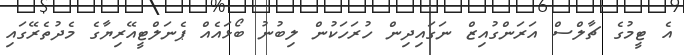
އެ ޓީމުގެ ޗާލްސް އަރަންގުއިޒް ނަގައިދިން ހުރަހަކުން ލިބުނު ބޯޅައެއް ޕެނަލްޓީއޭރިޔާގެ މެދުތެރޭގައި